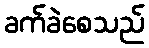
ခက်ခဲစေသည်